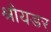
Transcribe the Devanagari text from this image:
श्रौयडर